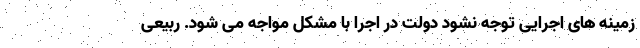
زمینه های اجرایی توجه نشود دولت در اجرا با مشکل مواجه می شود. ربیعی